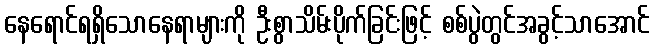
နေရောင်ရရှိသောနေရာများကို ဦးစွာသိမ်းပိုက်ခြင်းဖြင့် စစ်ပွဲတွင်အခွင့်သာအောင်